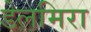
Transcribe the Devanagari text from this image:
डेलमिरा